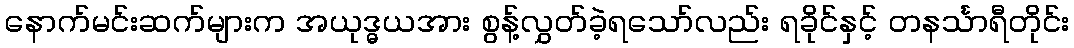
နောက်မင်းဆက်များက အယုဒ္ဓယအား စွန့်လွှတ်ခဲ့ရသော်လည်း ရခိုင်နှင့် တနင်္သာရီတိုင်း